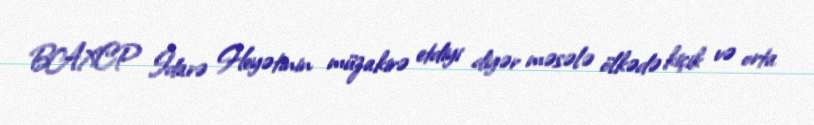
BAXCP İdarə Heyətinin müzakirə etdiyi digər məsələ ölkədə kiçik və orta